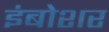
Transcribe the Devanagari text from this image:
इंबोशर